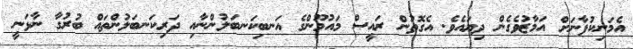
އެމަނިކުފާނަށް އަމާޒުވެގެން ދިޔައެވެ. އެގޮތުން ރައީސް މައުމޫންގެ އަނބިކަނބަލުންނާއި ދަރިކަނބަލުންތައް ބުރުގާ ނާޅަނީ